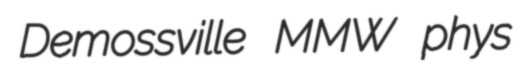
Demossville MMW phys